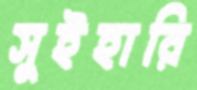
সুইহারি